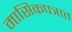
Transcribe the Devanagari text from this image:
मासिकपत्रात